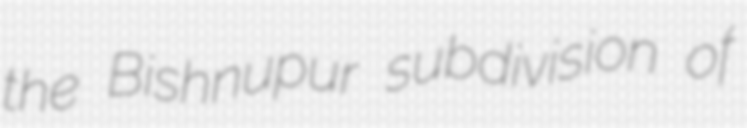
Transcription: the Bishnupur subdivision of